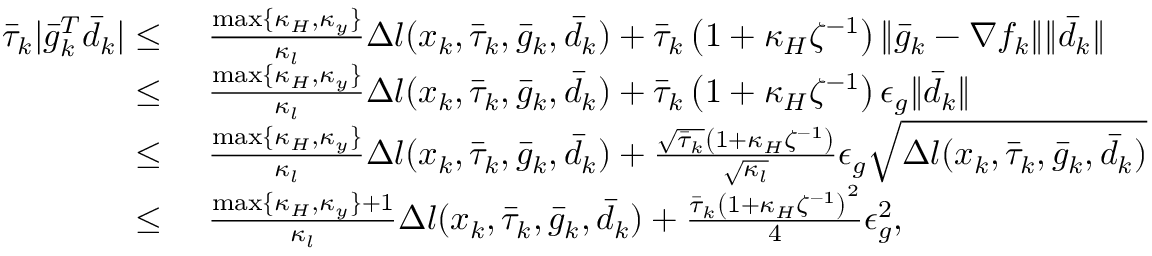
\begin{array} { r l } { \bar { \tau } _ { k } | \bar { g } _ { k } ^ { T } \bar { d } _ { k } | \leq \ } & { \frac { \operatorname* { m a x } \{ \kappa _ { H } , \kappa _ { y } \} } { \kappa _ { l } } \Delta l ( x _ { k } , \bar { \tau } _ { k } , \bar { g } _ { k } , \bar { d } _ { k } ) + \bar { \tau } _ { k } \left( 1 + \kappa _ { H } \zeta ^ { - 1 } \right) \| \bar { g } _ { k } - \nabla f _ { k } \| \| \bar { d } _ { k } \| } \\ { \leq \ } & { \frac { \operatorname* { m a x } \{ \kappa _ { H } , \kappa _ { y } \} } { \kappa _ { l } } \Delta l ( x _ { k } , \bar { \tau } _ { k } , \bar { g } _ { k } , \bar { d } _ { k } ) + \bar { \tau } _ { k } \left( 1 + \kappa _ { H } \zeta ^ { - 1 } \right) \epsilon _ { g } \| \bar { d } _ { k } \| } \\ { \leq \ } & { \frac { \operatorname* { m a x } \{ \kappa _ { H } , \kappa _ { y } \} } { \kappa _ { l } } \Delta l ( x _ { k } , \bar { \tau } _ { k } , \bar { g } _ { k } , \bar { d } _ { k } ) + \frac { \sqrt { \bar { \tau } _ { k } } \left( 1 + \kappa _ { H } \zeta ^ { - 1 } \right) } { \sqrt { \kappa _ { l } } } \epsilon _ { g } \sqrt { \Delta l ( x _ { k } , \bar { \tau } _ { k } , \bar { g } _ { k } , \bar { d } _ { k } ) } } \\ { \leq \ } & { \frac { \operatorname* { m a x } \{ \kappa _ { H } , \kappa _ { y } \} + 1 } { \kappa _ { l } } \Delta l ( x _ { k } , \bar { \tau } _ { k } , \bar { g } _ { k } , \bar { d } _ { k } ) + \frac { \bar { \tau } _ { k } \left( 1 + \kappa _ { H } \zeta ^ { - 1 } \right) ^ { 2 } } { 4 } \epsilon _ { g } ^ { 2 } , } \end{array}